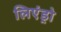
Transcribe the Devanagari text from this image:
लिएंड्रो